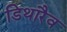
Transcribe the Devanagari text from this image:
डिथारैव